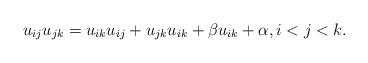
LaTeX: \begin{gather*} u_{ij} u_{jk} = u_{ik} u_{ij}+u_{jk} u_{ik} + \beta u_{ik} + \alpha, i < j <k . \end{gather*}